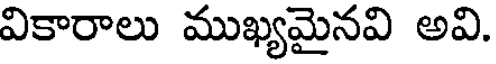
వికారాలు ముఖ్యమైనవి అవి.